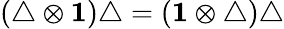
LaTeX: (\triangle\otimes{\mathbf 1})\triangle=({\mathbf 1}\otimes\triangle)\triangle